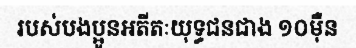
របស់បងប្អូនអតីតៈយុទ្ធជនជាង ១០ម៉ឺន